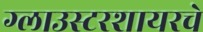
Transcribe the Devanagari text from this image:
ग्लाउस्टरशायरचे